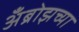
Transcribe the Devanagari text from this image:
अँब्रोझच्या